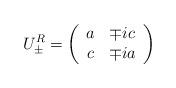
LaTeX: \begin{align*}U_{\pm }^R=\left( \begin{array}{cc}a & \mp ic \\ c & \mp ia\end{array}\right)\end{align*}